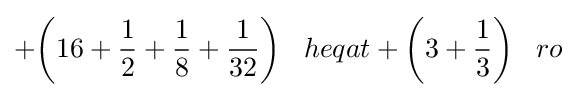
+{\bigg (}16+{\frac {1}{2}}+{\frac {1}{8}}+{\frac {1}{32}}{\bigg )}\;\;\;heqat+{\bigg (}3+{\frac {1}{3}}{\bigg )}\;\;\;ro